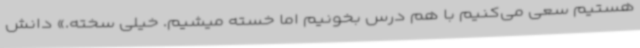
هستیم سعی می‌کنیم با هم درس بخونیم اما خسته میشیم. خیلی سخته.»‌ دانش